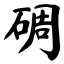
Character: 碉